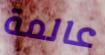
عالمة